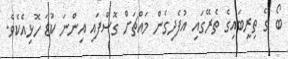
ބޯ ގެ ތިރީބައިގެ ތެރޭގައި އުފެދިގެން މައްޗަށް ގޮސްފައި އިންނަ ކުޑަ ހޮޅިއެކެވެ.